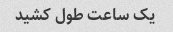
یک ساعت طول کشید